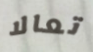
تعالا